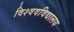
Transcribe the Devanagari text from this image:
विश्‍ववविद्यालय